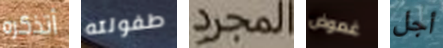
أتذكره طفولته المجرد غموض أجل